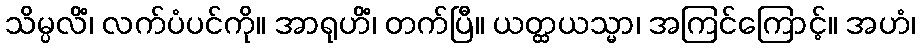
သိမ္ပလိံ၊ လက်ပံပင်ကို။ အာရုဟိံ၊ တက်ပြီ။ ယတ္ထယသ္မာ၊ အကြင်ကြောင့်။ အဟံ၊